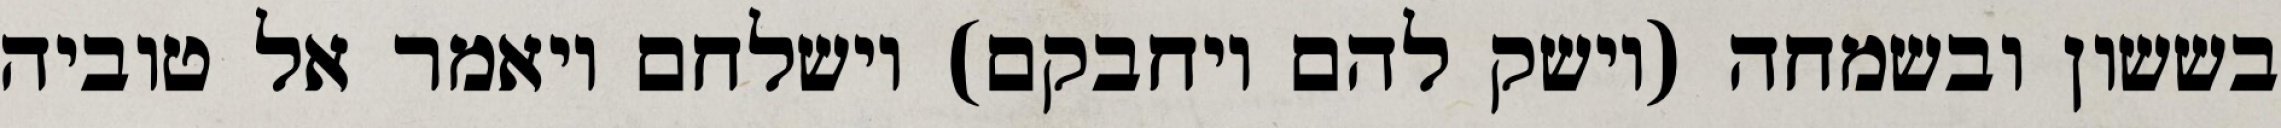
בששון ובשמחה (וישק להם ויחבקם) וישלחם ויאמר אל טוביה